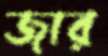
জার